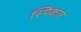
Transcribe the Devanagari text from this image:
स्पिकार